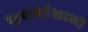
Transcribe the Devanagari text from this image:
कलमांखाली